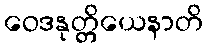
ဝေဒနုတ္တိယေနာတိ